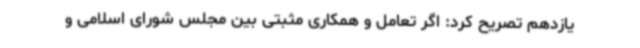
یازدهم تصریح کرد: اگر تعامل و همکاری مثبتی بین مجلس شورای اسلامی و